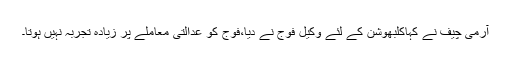
آرمی چیف نے کہاکلبھوشن کے لئے وکیل فوج نے دیا،فوج کو عدالتی معاملے پر زیادہ تجربہ نہیں ہوتا۔